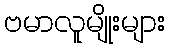
ဗမာလူမျိုးများ